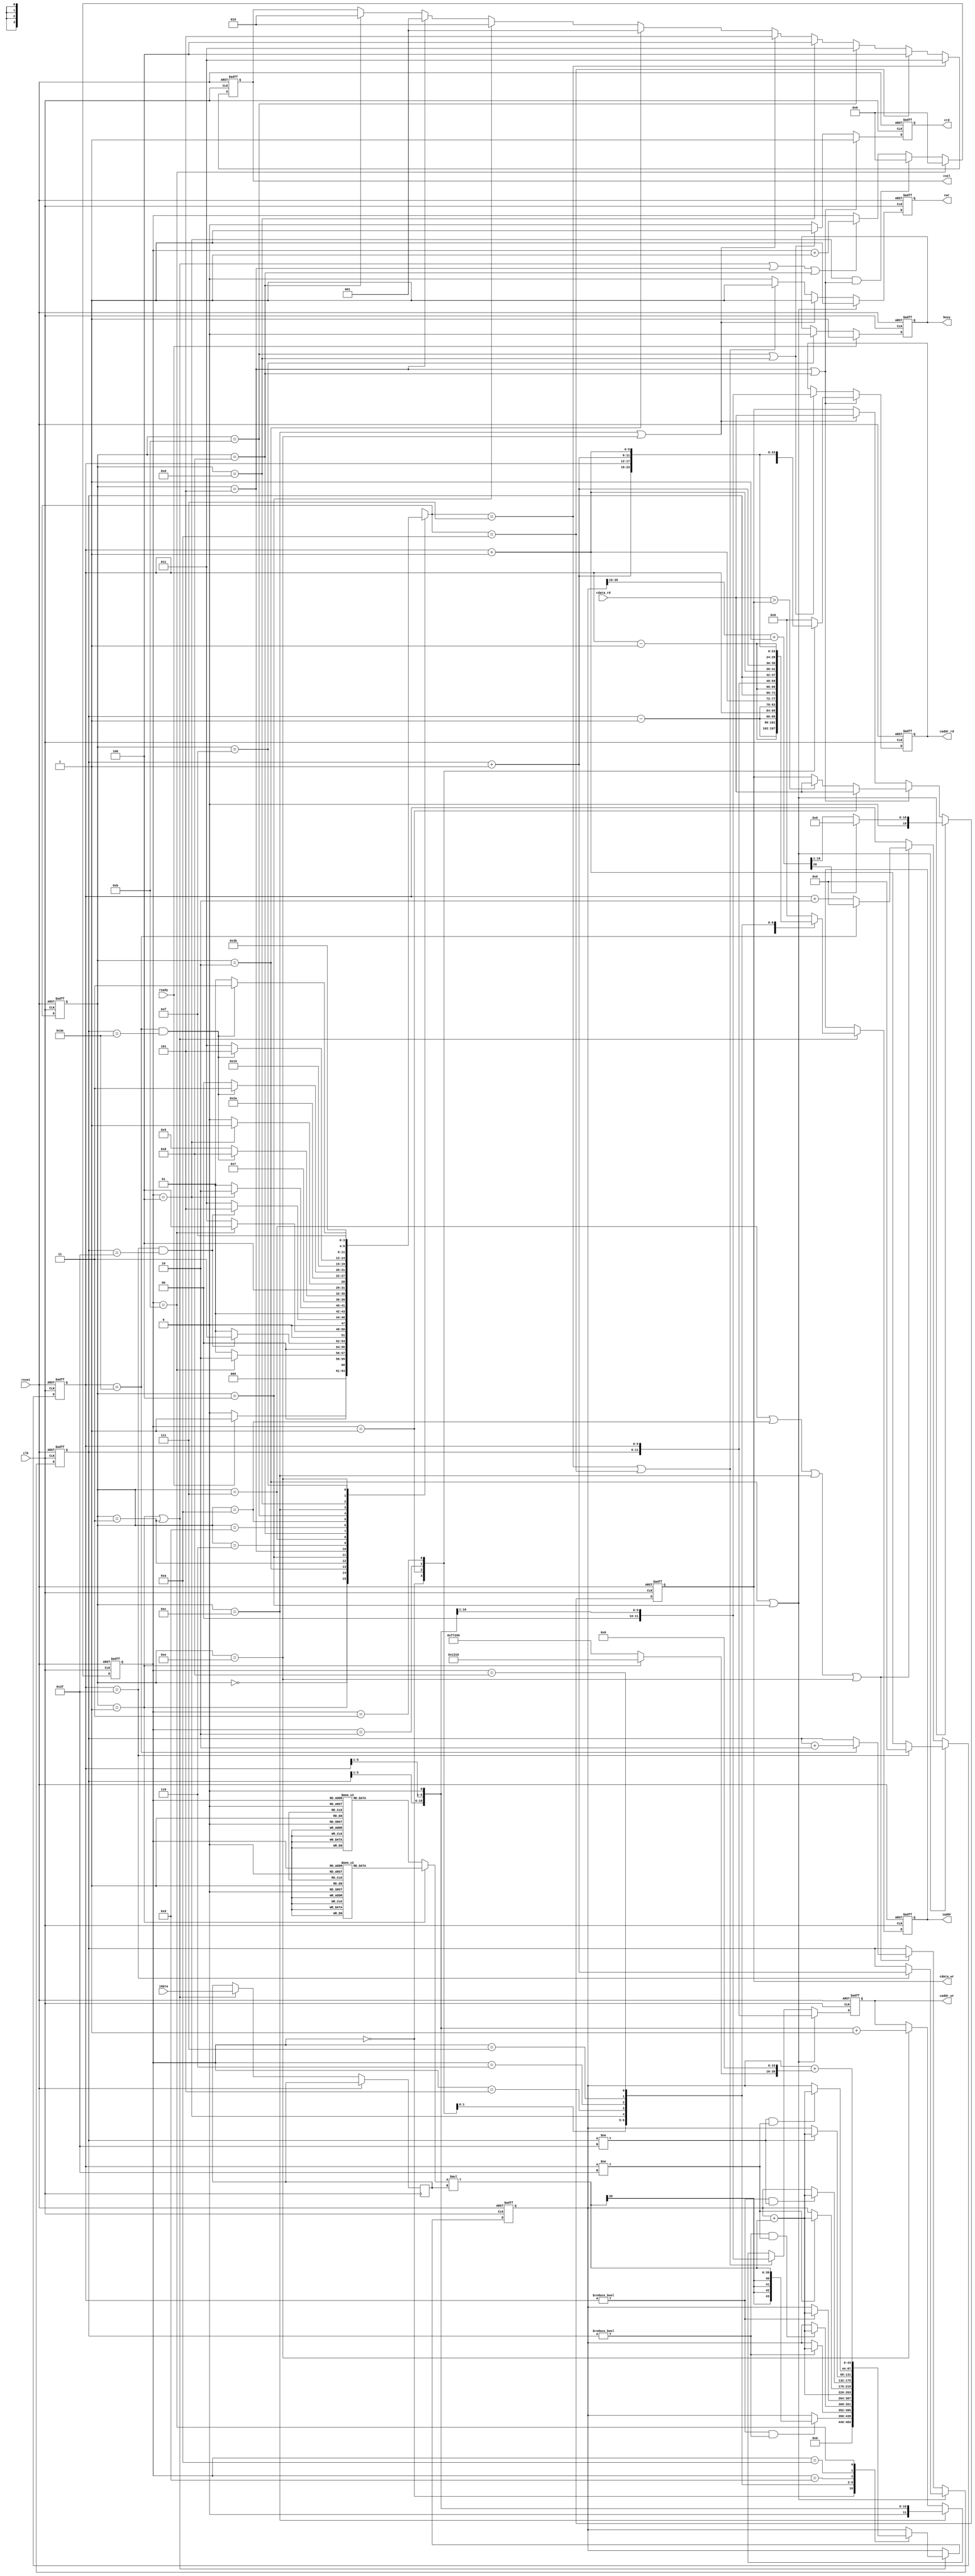

`timescale 1ns/10ps

module  CONV(clk,reset,busy,ready,iaddr,idata,cwr,caddr_wr,cdata_wr,crd,caddr_rd,cdata_rd,csel);
input clk;
input reset;
input ready;
output busy;
output [11:0] iaddr;
input signed [19:0] idata;
output crd;
input [19:0] cdata_rd;
output [11:0] caddr_rd;
output cwr;
output [19:0] cdata_wr;
output [11:0] caddr_wr;
output [2:0] csel;
reg busy;
reg [11:0] iaddr;
reg crd;
reg [11:0] caddr_rd;
reg cwr;
reg signed [19:0] cdata_wr;
reg [11:0] caddr_wr;
reg [2:0] csel;
reg [3:0] cs;
reg [3:0] ns;
reg [3:0] counterRead;
reg [5:0] index_X,index_Y;
wire [5:0] X,XX,Y,YY;
reg signed [43:0] convTemp; 
wire signed [20:0] roundTemp;
assign roundTemp = convTemp[35:15] + 21'd1; 
reg signed [19:0] k_temp;
reg signed [19:0] BiasTemp;
//kernel 0
parameter K1 = 20'h0A89E ;
parameter K2 = 20'h092D5 ;
parameter K3 = 20'h06D43 ;
parameter K4 = 20'h01004 ;
parameter K5 = 20'hF8F71 ;
parameter K6 = 20'hF6E54 ;
parameter K7 = 20'hFA6D7 ;
parameter K8 = 20'hFC834 ;
parameter K9 = 20'hFAC19 ;
parameter Bias_0 = 20'h01310;

//kernel 1
parameter K10 = 20'hFDB55 ;
parameter K11 = 20'h02992 ;
parameter K12 = 20'hFC994 ;
parameter K13 = 20'h050FD ;
parameter K14 = 20'h02F20 ;
parameter K15 = 20'h0202D ;
parameter K16 = 20'h03BD7 ;
parameter K17 = 20'hFD369 ;
parameter K18 = 20'h05E68 ;
parameter Bias_1 = 20'hF7295;
//parameter
parameter idle = 4'd0;
parameter convrd = 4'd1;
parameter L0wr = 4'd2;
parameter convrd_K1 = 4'd3;
parameter L0wr_K1 = 4'd4;
parameter L0rd = 4'd5;
parameter MAX_POOLING = 4'd6;
parameter L1wr = 4'd7;
parameter L0rd_K1 = 4'd8;
parameter MAX_POOLING_K1 = 4'd9;
parameter L1wr_K1 = 4'd10;
parameter L1rd_K0 = 4'd11;
parameter L2wr_K0 = 4'd12;
parameter L1rd_K1 = 4'd13;
parameter L2wr_K1 = 4'd14;
parameter FINISH = 4'd15;

//FSM
always@(posedge clk or posedge reset)
begin
    if(reset) cs <= idle;
    else cs <= ns;
end

always@(*)
begin
    case (cs)
        idle:
            begin
                if(ready == 1'd1) ns = convrd;
                else ns = idle;
            end
        convrd:
            begin
                if(counterRead == 4'd11) ns = L0wr;
                else ns = convrd;
            end
        L0wr:
            begin
                if(index_X == 6'd63 && index_Y == 6'd63) ns = convrd_K1;
                else ns = convrd;
            end
        convrd_K1:
            begin
                if(counterRead == 4'd11) ns = L0wr_K1;
                else ns = convrd_K1;
            end
        L0wr_K1:
            begin
                if(index_X == 6'd63 && index_Y == 6'd63) ns = L0rd;
                else ns = convrd_K1;
            end
        L0rd:
            begin
                if(counterRead == 4'd4) ns = MAX_POOLING;
                else ns = L0rd;
            end
        MAX_POOLING: 
            begin
                ns = L1wr;
            end
        L1wr:
            begin
                if(index_X == 6'd62 && index_Y == 6'd62) ns = L0rd_K1;
                else ns = L0rd;
            end
        L0rd_K1:
            begin
                if(counterRead == 4'd4) ns = MAX_POOLING_K1;
                else ns = L0rd_K1;
            end
        MAX_POOLING_K1:
            begin
                ns = L1wr_K1;
            end
        L1wr_K1:
            begin
                if(index_X == 6'd62 && index_Y == 6'd62) ns = L1rd_K0;
                else ns = L0rd_K1;
            end
        L1rd_K0:
            begin
                ns = L2wr_K0;
            end
        L2wr_K0:
            begin
                if(index_X == 6'd62 && index_Y == 6'd62) ns = L1rd_K1;
                else ns = L1rd_K0;
            end
        L1rd_K1:
            begin
                ns = L2wr_K1;
            end
        L2wr_K1:
            begin
                if(index_X == 6'd62 && index_Y == 6'd62) ns = FINISH;
                else ns = L1rd_K1;
            end
        FINISH: 
            begin
                ns = FINISH;
            end
        default:
            begin
                ns = idle;
            end 
    endcase    
end

reg signed [19:0] idatatemp;
wire signed [43:0] sumconv;
assign sumconv = k_temp * idatatemp;
//conv 
always@(posedge clk or posedge reset)
begin
    if(reset) convTemp <= 44'd0; 
    else if(cs == convrd || cs == convrd_K1)
    begin
        idatatemp <= idata;
        case(counterRead)
        
        4'd0:   convTemp <= 44'd0;
        4'd2:   if(index_X != 6'd0 && index_Y != 6'd0)  convTemp <= sumconv;
        4'd3:   if(index_Y != 6'd0) convTemp <= convTemp + sumconv;
        4'd4:   if(index_Y != 6'd0 && index_X != 6'd63) convTemp <= convTemp + sumconv;
        4'd5:   if(index_X != 6'd0) convTemp <= convTemp + sumconv;
        4'd6:   convTemp <= convTemp + sumconv;
        4'd7:   if(index_X != 6'd63) convTemp <= convTemp + sumconv;
        4'd8:   if(index_X != 6'd0 && index_Y != 6'd63) convTemp <= convTemp + sumconv;
        4'd9:   if(index_Y != 6'd63) convTemp <= convTemp + sumconv;
        4'd10:   if(index_Y != 6'd63 && index_X != 6'd63) convTemp <= convTemp + sumconv;
        4'd11:  convTemp <= convTemp + {BiasTemp,16'd0};

        endcase
    end
end
always@(*)
begin
    if(cs == convrd)
    begin
         case(counterRead)
        4'd2: k_temp = K1;
        4'd3: k_temp = K2;
        4'd4: k_temp = K3;
        4'd5: k_temp = K4;
        4'd6: k_temp = K5;
        4'd7: k_temp = K6;
        4'd8: k_temp = K7;
        4'd9: k_temp = K8;
        4'd10: k_temp = K9;
        default: k_temp = 20'd0;
        endcase
        BiasTemp = Bias_0;
    end
    else
    begin
        case(counterRead)
        4'd2: k_temp = K10;
        4'd3: k_temp = K11;
        4'd4: k_temp = K12;
        4'd5: k_temp = K13;
        4'd6: k_temp = K14;
        4'd7: k_temp = K15;
        4'd8: k_temp = K16;
        4'd9: k_temp = K17;
        4'd10: k_temp = K18;
        default: k_temp = 20'd0;
        endcase
        BiasTemp = Bias_1;
    end 
end

assign XX = index_X - 6'd1;
assign X = index_X + 6'd1;
assign YY = index_Y - 6'd1;
assign Y = index_Y + 6'd1;

always@(posedge clk or posedge reset)
begin
    if(reset) index_X <= 6'd0;
    else if(cs == L0wr || cs == L0wr_K1) 
    begin
        if(index_X == 6'd63) index_X <= 6'd0;
        else index_X <= index_X + 6'd1;
    end
    else if(cs == L1wr || cs == L1wr_K1 || cs == L2wr_K0 || cs == L2wr_K1)
    begin
        if(index_X == 6'd62) index_X <= 6'd0;
        else index_X <= index_X + 6'd2;
    end
end

always@(posedge clk or posedge reset)
begin
    if(reset) index_Y <= 6'd0;
    else if(cs == L0wr || cs == L0wr_K1)
    begin
        if(index_X == 6'd63) index_Y <= index_Y + 6'd1;
    end
    else if(cs == L1wr || cs == L1wr_K1 || cs == L2wr_K0 || cs == L2wr_K1)
    begin
        if(index_X == 6'd62) index_Y <= index_Y + 6'd2;
    end
end



//counter
always@(posedge clk or posedge reset)
begin
    if(reset) counterRead <= 4'd0;
    else if(counterRead == 4'd11) counterRead <= 4'd0;
    else if(counterRead == 4'd4 && (cs == L0rd ||cs == L0rd_K1) ) counterRead <= 4'd0;
    else if(cs == convrd || cs == convrd_K1 || cs == L0rd || cs == L0rd_K1) counterRead <= counterRead + 4'd1;
end

//busy
always@(posedge clk or posedge reset)
begin
    if(reset) busy <= 1'd0;
    else if(ready == 1'd1) busy <= 1'd1;
    else if(cs == FINISH )busy <= 1'd0;
end

//cwr 
always@(posedge clk or posedge reset)
begin
    if(reset) cwr <= 1'd0;
    else if(cs == L0wr || cs == L0wr_K1) cwr <= 1'd1;
    else if(cs == L2wr_K0 || cs == L2wr_K1) cwr <= 1'd1;
    else if(ns == L1wr || ns == L1wr_K1) cwr <= 1'd1;
    else cwr <= 1'd0; 
end
//crd
always@(posedge clk or posedge reset)
begin
    if(reset) crd <= 1'd0;
    else if(cs == L0rd || cs == L0rd_K1) crd <= 1'd1;
    else if(cs == L1rd_K0 || cs == L1rd_K1) crd <= 1'd1;
    else crd<= 1'd0;
end
//csel
always@(posedge clk or posedge reset)
begin
    if(reset) csel <=3'd0;
    else if(ns == L1wr) csel <= 3'b011;
    else if(ns == L1wr_K1) csel <= 3'b100;
    else if(cs == L1rd_K0) csel <= 3'b011;
    else if(cs == L1rd_K1) csel <= 3'b100;
    else if(cs == L2wr_K0 || cs == L2wr_K1) csel <= 3'b101;
    else if(cs == L0wr) csel <= 3'b001;
    else if(cs == L0wr_K1) csel <= 3'b010;
    else if(cs == L0rd) csel <= 3'b001; 
    else if(cs == L0rd_K1) csel <= 3'b010;
end

//iaddr
always@(posedge clk or posedge reset)
begin
    if(reset)  iaddr <= 12'd0; 
    else if(cs == convrd || cs == convrd_K1)
    begin
        case(counterRead)
        4'd0: iaddr <= {YY,XX};
        4'd1: iaddr <= {YY,index_X};
        4'd2: iaddr <= {YY,X};
        4'd3: iaddr <= {index_Y,XX};
        4'd4: iaddr <= {index_Y,index_X};
        4'd5: iaddr <= {index_Y,X};
        4'd6: iaddr <= {Y,XX};
        4'd7: iaddr <= {Y,index_X};
        4'd8: iaddr <= {Y,X};
        default: iaddr <= 6'd0;
        endcase
    end

    
   
end

always@(posedge clk or posedge reset)
begin
    if(reset) caddr_rd <= 12'd0;
    else if(cs == L0rd || cs == L0rd_K1)
    begin
        case(counterRead)
        4'd0: caddr_rd <= {index_Y,index_X};
        4'd1: caddr_rd <= {index_Y,X};
        4'd2: caddr_rd <= {Y,index_X};
        4'd3: caddr_rd <= {Y,X};
        default: caddr_rd <= 6'd0;
        endcase
    end
    else if(cs == L1rd_K0 || cs == L1rd_K1) caddr_rd <= {index_Y[5:1],index_X[5:1]};

end

always@(posedge clk or posedge reset)
begin
    if(reset) caddr_wr <= 12'd0;
    else if(cs == L0wr || cs == L0wr_K1) caddr_wr <= {index_Y,index_X};
    else if(ns == L1wr || ns == L1wr_K1) caddr_wr <= {index_Y[5:1],index_X[5:1]};
    else if(cs == L2wr_K0) caddr_wr <= ({index_Y[5:1],index_X[5:1]}<<1'd1) ;
    else if(cs == L2wr_K1) caddr_wr <= ({index_Y[5:1],index_X[5:1]}<<1'd1) +1'd1;
end

//cdata_wr
always@(posedge clk or posedge reset)
begin
    if(reset) cdata_wr <= 20'd0;
    else if(cs == L0wr || cs == L0wr_K1)
    begin
        if(roundTemp[20]) cdata_wr <= 20'd0;
        else cdata_wr <= roundTemp[20:1];
    end
    else if(cs == L0rd || cs == L0rd_K1)
    begin
        if(counterRead == 4'd1) cdata_wr <= cdata_rd;
        else 
        begin
            if(cdata_rd > cdata_wr) cdata_wr <= cdata_rd;
            else cdata_wr <= cdata_wr;
        end
    end
    else if(cs == L2wr_K0 || cs == L2wr_K1)
    begin
        cdata_wr <= cdata_rd;
    end
end



endmodule